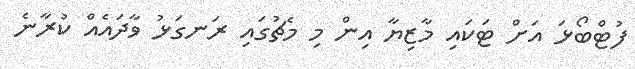
ފުޓްބޯޅަ އަށް ޓަކައި މާޒިޔާ އިން މި މެޗުގައި ރަނގަޅު ވާދައެއް ކުރާނެ